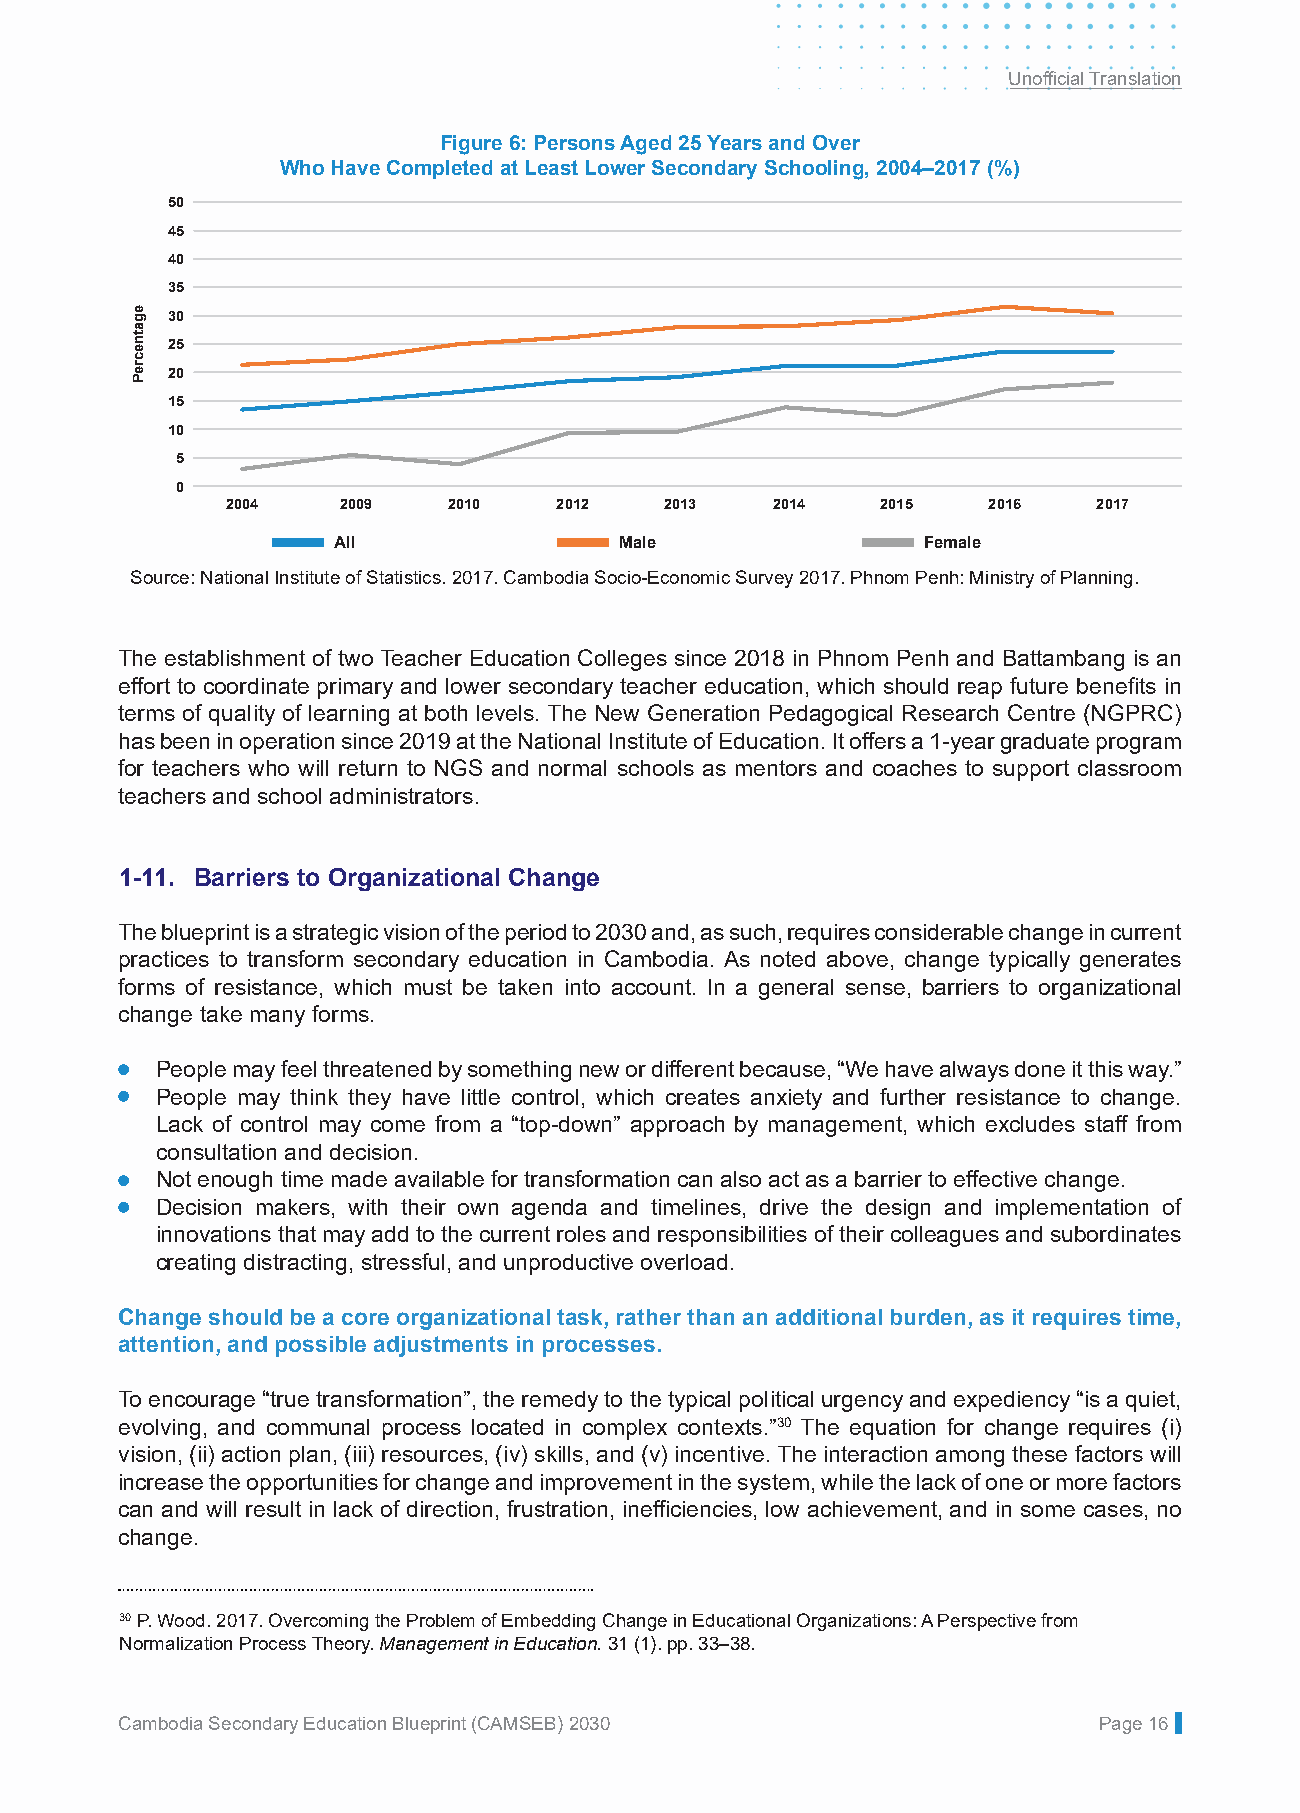
Unofficial Translation
 Figure 6: Persons Aged 25 Years and Over
 Who Have Completed at Least Lower Secondary Schooling, 2004–2017 (%)
 50
 45
 40
 35
 30
 25
 20
 15
 10
 5
 0
 2004   2009    2010   2012   2013   2014   2015   2016    2017
 All                Male                Female
 Source: National Institute of Statistics. 2017. Cambodia Socio-Economic Survey 2017. Phnom Penh: Ministry of Planning.
 The establishment of two Teacher Education Colleges since 2018 in Phnom Penh and Battambang is an
 effort to coordinate primary and lower secondary teacher education, which should reap future benefits in
 terms of quality of learning at both levels. The New Generation Pedagogical Research Centre (NGPRC)
 has been in operation since 2019 at the National Institute of Education. It offers a 1-year graduate program
 for teachers who will return to NGS and normal schools as mentors and coaches to support classroom
 teachers and school administrators.
 1-11. Barriers to Organizational Change
 The blueprint is a strategic vision of the period to 2030 and, as such, requires considerable change in current
 practices to transform secondary education in Cambodia. As noted above, change typically generates
 forms of resistance, which must be taken into account. In a general sense, barriers to organizational
 change take many forms.
 • People may feel threatened by something new or different because, “We have always done it this way.”
 People may think they have little control, which creates anxiety and further resistance to change.
 Lack of control may come from a “top-down” approach by management, which excludes staff from
 consultation and decision.
 • Not enough time made available for transformation can also act as a barrier to effective change.
 • Decision makers, with their own agenda and timelines, drive the design and implementation of
 innovations that may add to the current roles and responsibilities of their colleagues and subordinates
 creating distracting, stressful, and unproductive overload.
 Change should be a core organizational task, rather than an additional burden, as it requires time,
 attention, and possible adjustments in processes.
 To encourage “true transformation”, the remedy to the typical political urgency and expediency “is a quiet,
 evolving, and communal process located in complex contexts.”30 The equation for change requires (i)
 vision, (ii) action plan, (iii) resources, (iv) skills, and (v) incentive. The interaction among these factors will
 increase the opportunities for change and improvement in the system, while the lack of one or more factors
 can and will result in lack of direction, frustration, inefficiencies, low achievement, and in some cases, no
 change.
 30 P. Wood. 2017. Overcoming the Problem of Embedding Change in Educational Organizations: A Perspective from
 Normalization Process Theory. Management in Education. 31 (1). pp. 33–38.
 Cambodia Secondary Education Blueprint (CAMSEB) 2030             Page 16
 egatnecreP